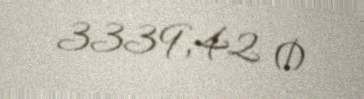
3339,42 ₼